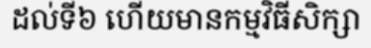
ដល់ទី៦ ហើយមានកម្មវិធីសិក្សា